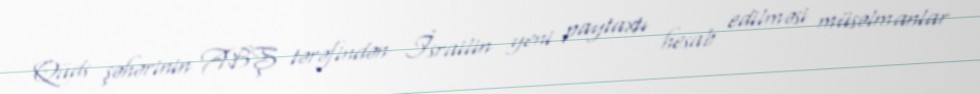
Qüds şəhərinin ABŞ tərəfindən İsrailin yeni paytaxtı hesab edilməsi müsəlmanlar